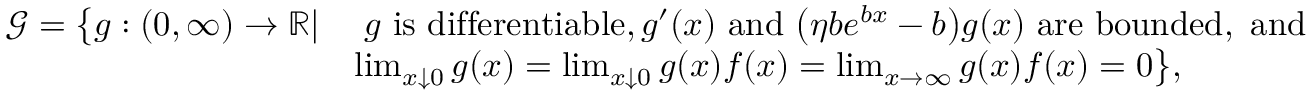
\begin{array} { r l } { \mathcal { G } = \big \{ g : ( 0 , \infty ) \rightarrow \mathbb { R } | } & { \; g \mathrm { ~ i s ~ d i f f e r e n t i a b l e } , g ^ { \prime } ( x ) \mathrm { ~ a n d ~ } \big ( \eta b e ^ { b x } - b \big ) g ( x ) \mathrm { ~ a r e ~ b o u n d e d , ~ a n d } } \\ & { \operatorname* { l i m } _ { x \downarrow 0 } g ( x ) = \operatorname* { l i m } _ { x \downarrow 0 } g ( x ) f ( x ) = \operatorname* { l i m } _ { x \rightarrow \infty } g ( x ) f ( x ) = 0 \big \} , } \end{array}